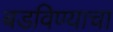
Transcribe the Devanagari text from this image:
बडविण्याचा